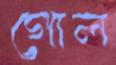
গোল